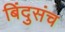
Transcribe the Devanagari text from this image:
बिंदुसंच